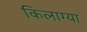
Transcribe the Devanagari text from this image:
किलाग्या